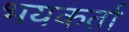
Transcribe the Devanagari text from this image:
भयकर्ता